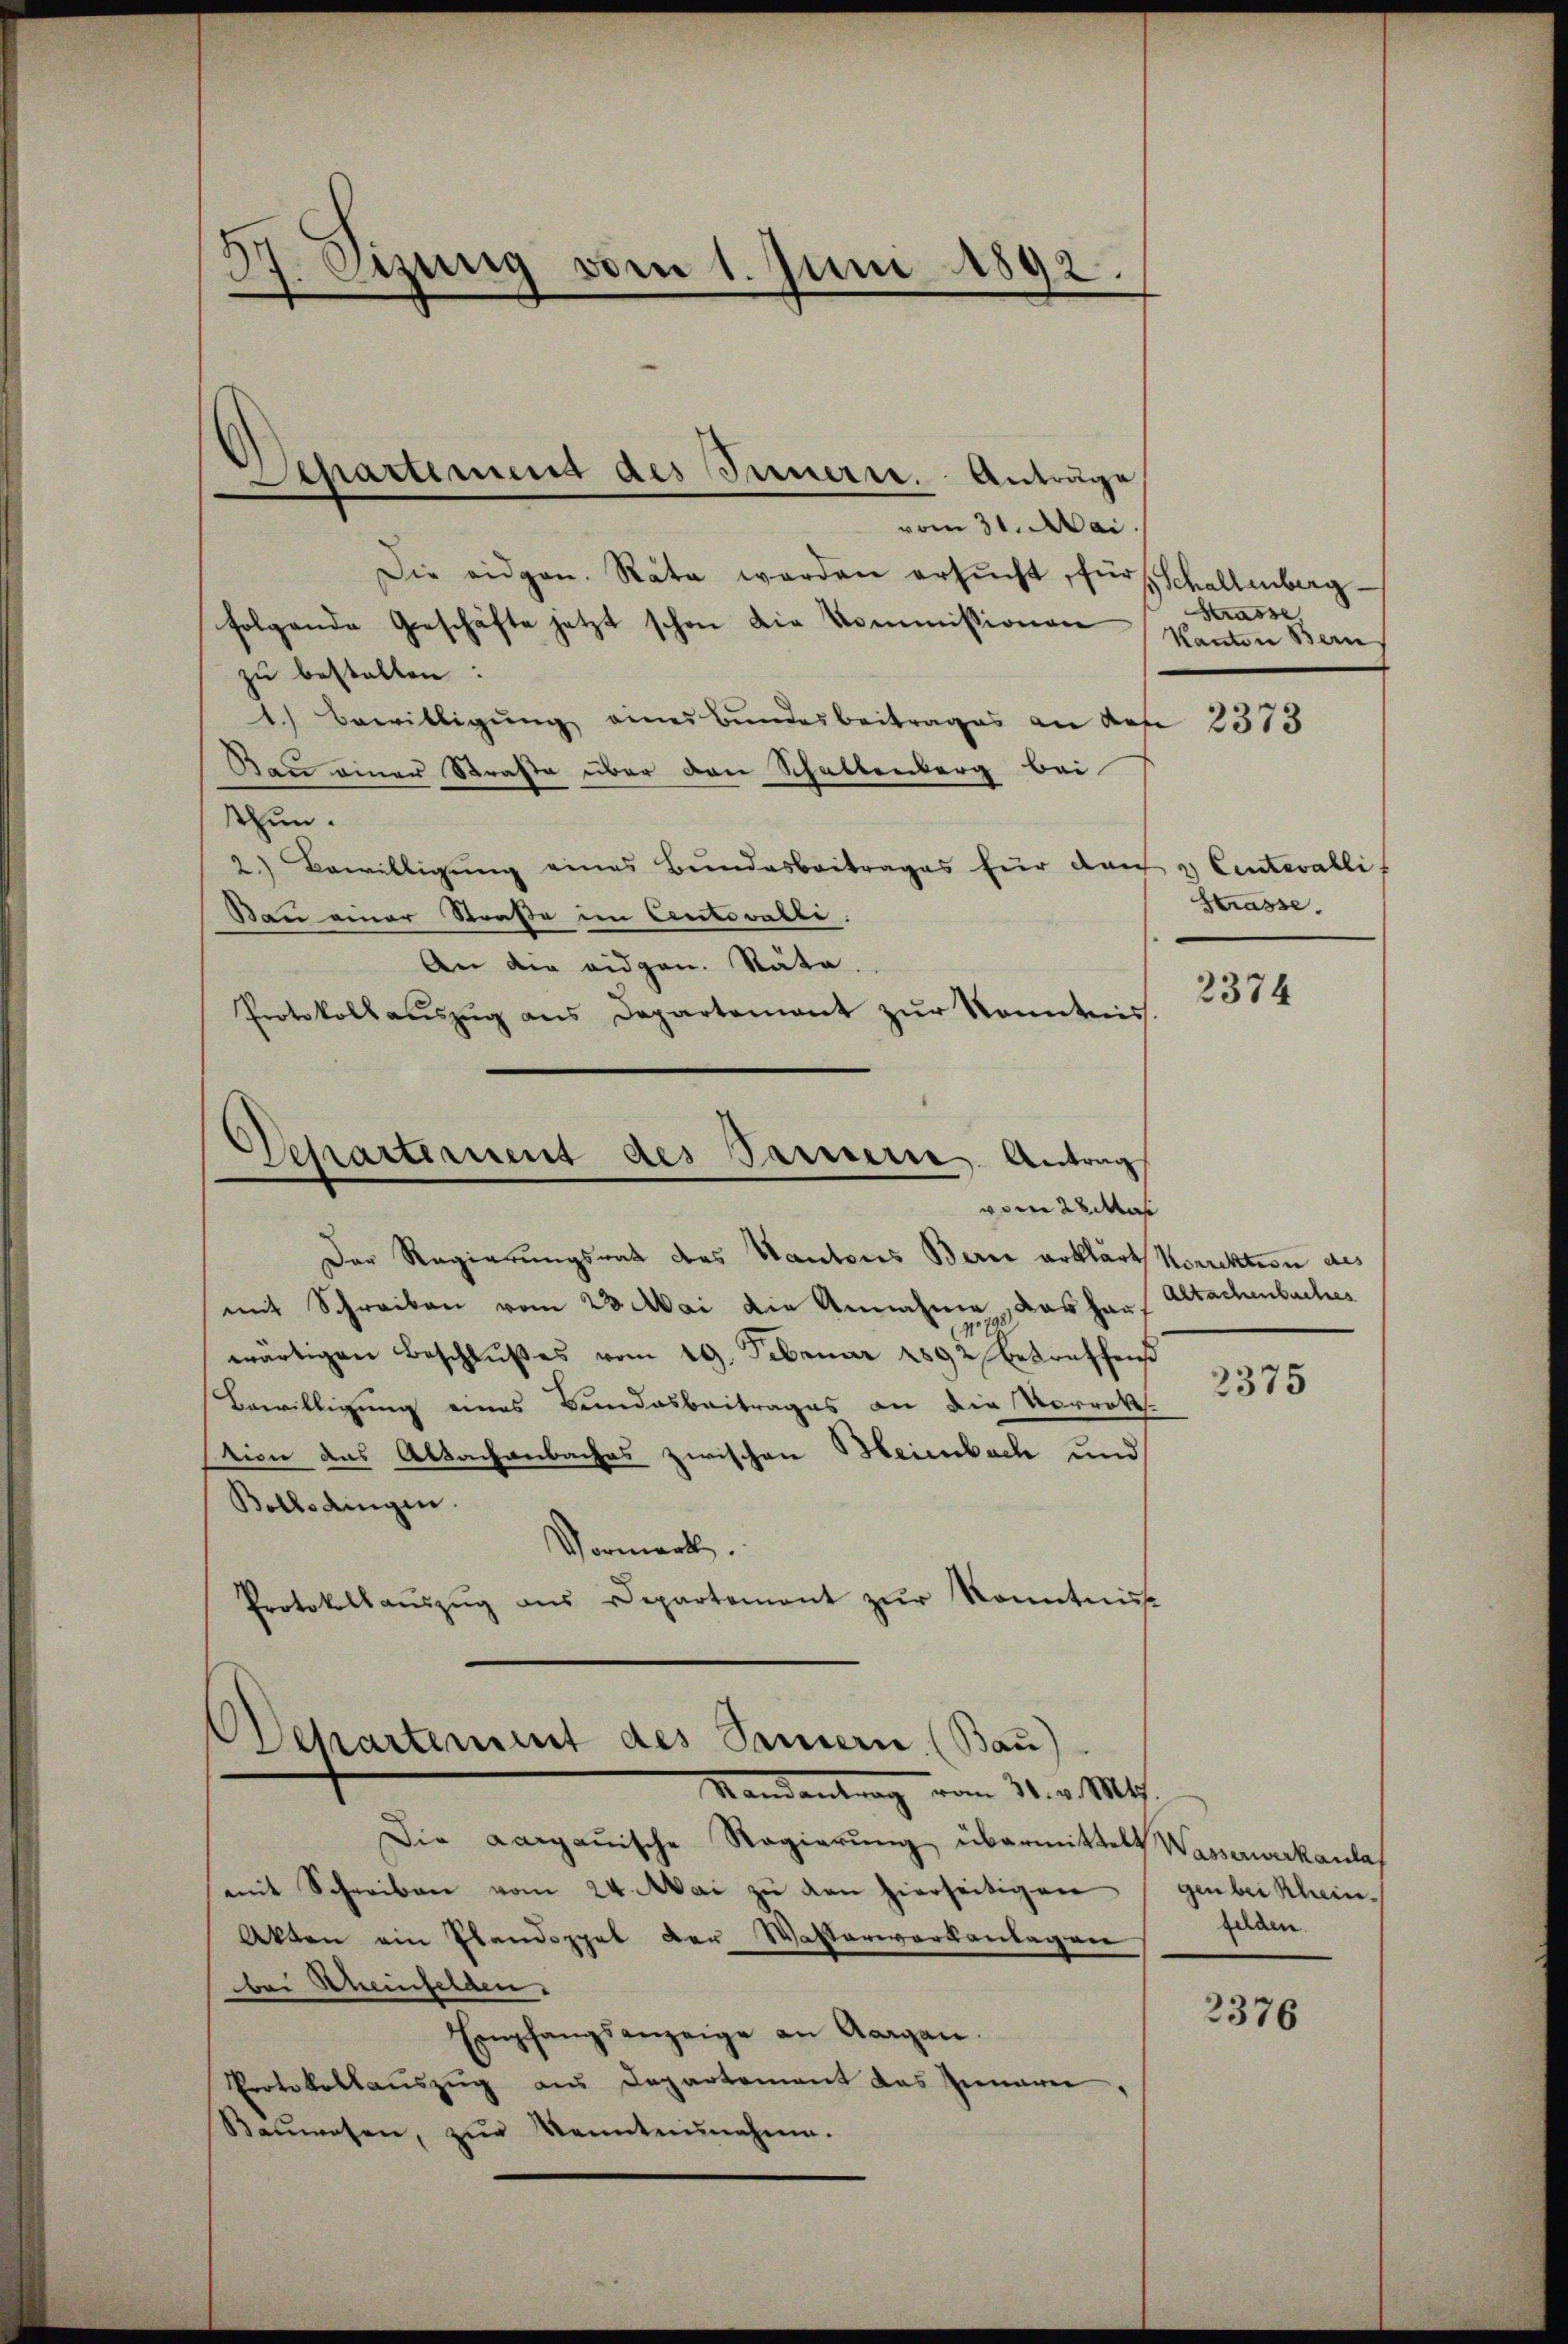
37. Vizung vom 1. Juni 1892.

Apartement des Innerer. Anträge

Separtement des Parisern Antrag

Departement des Sammern (Bau)

vom 31. Mai
Die eidgen. Räte werden ersŭcht, für Schallenberg-
folgende Geschäfte jetzt schon die Kommissionen Kanton Bern
zu bestallen:
1.) Bewilligŭng eines Bundesbeitrages an des 3313
Ran einer Straße über den Schallenberg bei
thun.
2.) Bewilligung eines Bundesbeitrages für den & Centerallif
Strasse.
Bau einer Straße im Centovalli
An die eidgen. Stata.
Protokoll aŭszŭg ans Departement zŭr Konnte.
vom 28 Mas
Der Regierungsrath des Kantones Berei erklärt Korrektion des
mit Schreiben vom 23. Mai die Annahme, das har Altachenbuches
wärtigen Beschlußes vom 19. Februar 1892 betreffens
Bewilligung eines Bundesbeitrages an die Vorratt.
stion das Altachenbaches zwischen Heimbach und
Bollsdingen.
Vormerk.
Protokollaŭszŭg ans Departement zŭr Kenntniss
Mandantrag vom 31. v. Mts.
Die aargauische Regierung übermittelt Wassererkanlas
mit Schreiben vom 24. Mai zŭ den hierseitigen (genbei Klein¬
Akten ein Plandoppel der Walterwarkanlagen
bei Rheinfelden.
Empfangsanzeige an Aargau.
Protokollauszug aus Departement das Innern,
Baŭwesen, zŭr Kenntnunahmen.

Strasse

2374

2375

felden.

2376